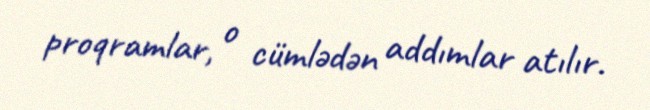
proqramlar, o cümlədən addımlar atılır.